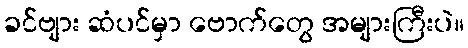
ခင်ဗျား ဆံပင်မှာ ဗောက်တွေ အများကြီးပဲ။